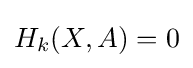
H_{k}(X,A)=0